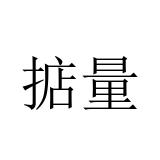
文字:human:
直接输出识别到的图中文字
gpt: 掂量